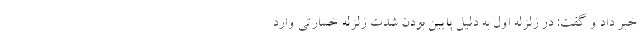
خبر داد و گفت: در زلزله اول به دلیل پایین بودن شدت زلزله خسارتی وارد